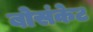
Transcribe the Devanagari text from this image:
बोसंकेट